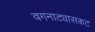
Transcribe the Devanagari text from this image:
वगनाट्यासकट